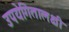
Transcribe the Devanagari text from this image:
उपयेगितालक्षी